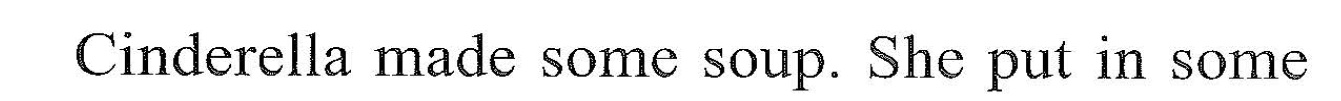
Cinderslia made sme soup. She put in some